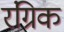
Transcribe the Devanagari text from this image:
रंग्रिक